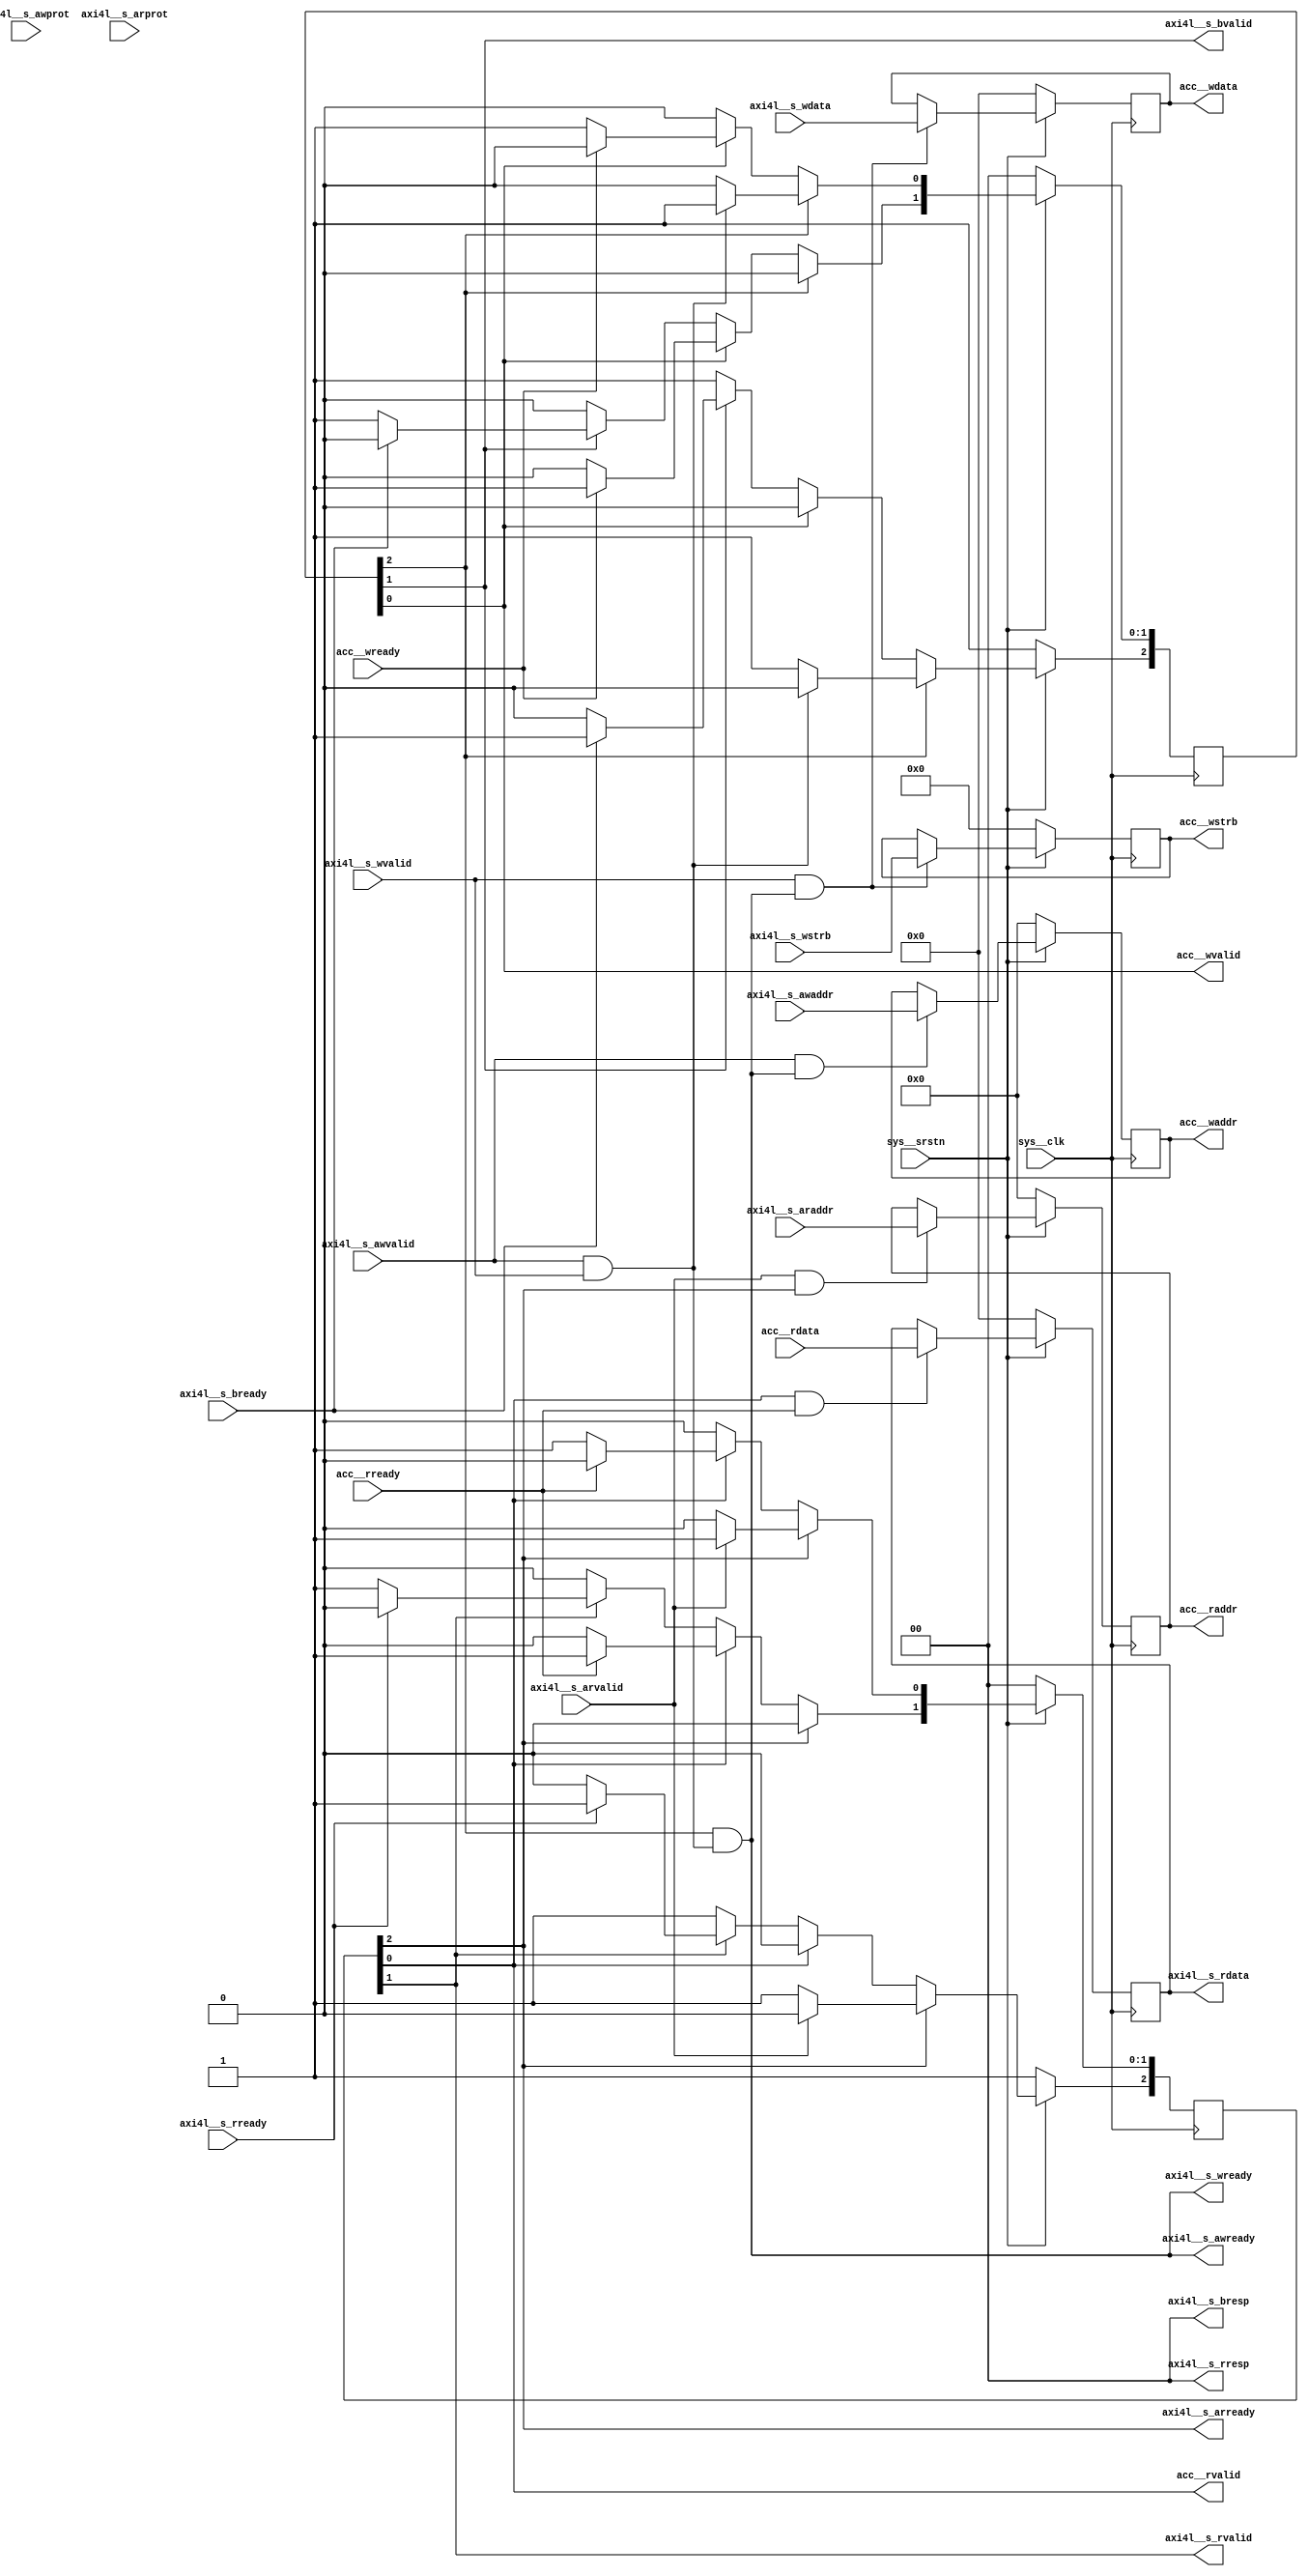
`timescale 1ns/1ps

module axi4l_sif
#
(
    parameter axi4l__addr_width   = 64    ,
    parameter axi4l__data_width   = 32
)
(
    sys__clk             ,
    sys__srstn           ,
    axi4l__s_awaddr      ,
    axi4l__s_awprot      ,
    axi4l__s_awvalid     ,
    axi4l__s_awready     ,
    axi4l__s_wdata       ,
    axi4l__s_wstrb       ,
    axi4l__s_wvalid      ,
    axi4l__s_wready      ,
    axi4l__s_bresp       ,
    axi4l__s_bvalid      ,
    axi4l__s_bready      ,
    axi4l__s_araddr      ,
    axi4l__s_arprot      ,
    axi4l__s_arvalid     ,
    axi4l__s_arready     ,
    axi4l__s_rdata       ,
    axi4l__s_rresp       ,
    axi4l__s_rvalid      ,
    axi4l__s_rready      ,
    acc__waddr           ,
    acc__wdata           ,
    acc__wstrb           ,
    acc__wvalid          ,
    acc__wready          ,
    acc__raddr           ,
    acc__rdata           ,
    acc__rvalid          ,
    acc__rready
);
    
    input                                   sys__clk            ;
    input                                   sys__srstn          ;
    
    input   [axi4l__addr_width - 1:0]       axi4l__s_awaddr     ;
    input   [2:0]                           axi4l__s_awprot     ;
    input                                   axi4l__s_awvalid    ;
    output                                  axi4l__s_awready    ;
    input   [axi4l__data_width - 1:0]       axi4l__s_wdata      ;
    input   [axi4l__data_width / 8 - 1:0]   axi4l__s_wstrb      ;
    input                                   axi4l__s_wvalid     ;
    output                                  axi4l__s_wready     ;
    output  [1:0]                           axi4l__s_bresp      ;
    output                                  axi4l__s_bvalid     ;
    input                                   axi4l__s_bready     ;

    input   [axi4l__addr_width - 1:0]       axi4l__s_araddr     ;
    input   [2:0]                           axi4l__s_arprot     ;
    input                                   axi4l__s_arvalid    ;
    output                                  axi4l__s_arready    ;
    output  [axi4l__data_width - 1:0]       axi4l__s_rdata      ;
    output  [1:0]                           axi4l__s_rresp      ;
    output                                  axi4l__s_rvalid     ;
    input                                   axi4l__s_rready     ;
    
    output  [axi4l__addr_width - 1:0]       acc__waddr          ;
    output  [axi4l__data_width - 1:0]       acc__wdata          ;
    output  [axi4l__data_width / 8 - 1:0]   acc__wstrb          ;
    output                                  acc__wvalid         ;
    input                                   acc__wready         ;
    output  [axi4l__addr_width - 1:0]       acc__raddr          ;
    input   [axi4l__data_width - 1:0]       acc__rdata          ;
    output                                  acc__rvalid         ;
    input                                   acc__rready         ;
    
    reg     [axi4l__addr_width - 1:0]       r_reged_waddr       ;
    reg     [axi4l__data_width - 1:0]       r_reged_wdata       ;
    reg     [axi4l__data_width / 8 - 1:0]   r_reged_wstrb       ;
    
    localparam state_wch_req        = 0;
    localparam state_wch_resp       = 1;
    localparam state_wch_idle       = 2;
    
    reg [state_wch_idle:0]  r_wch_cur_state     ;
    reg [state_wch_idle:0]  r_wch_next_state    ;
    
    always @ (posedge sys__clk)
        if (!sys__srstn)
        begin
            r_wch_cur_state <= 'b0;
            r_wch_cur_state[state_wch_idle] <= 1'b1;
        end
        else
            r_wch_cur_state <= r_wch_next_state;
    
    wire    w_s_wch_accept;
    assign  w_s_wch_accept = axi4l__s_awvalid && axi4l__s_wvalid;
    
    always @ (*)
    begin
        r_wch_next_state = 'b0;
        case (1'b1)
        r_wch_cur_state[state_wch_idle]:
            if (w_s_wch_accept)
                r_wch_next_state[state_wch_req] = 1'b1;
            else
                r_wch_next_state[state_wch_idle] = 1'b1;
        r_wch_cur_state[state_wch_req]:
            if (acc__wready)
                r_wch_next_state[state_wch_resp] = 1'b1;
            else
                r_wch_next_state[state_wch_req] = 1'b1;
        r_wch_cur_state[state_wch_resp]:
            if (axi4l__s_bready)
                r_wch_next_state[state_wch_idle] = 1'b1;
            else
                r_wch_next_state[state_wch_resp] = 1'b1;
        default:
            r_wch_next_state[state_wch_idle] = 1'b1;
        endcase
    end

    assign axi4l__s_awready  = (r_wch_cur_state[state_wch_idle] == 1'b1) && w_s_wch_accept;
    assign axi4l__s_wready   = (r_wch_cur_state[state_wch_idle] == 1'b1) && w_s_wch_accept;
    
    assign acc__wvalid       = (r_wch_cur_state[state_wch_req] == 1'b1);
    assign axi4l__s_bvalid   = (r_wch_cur_state[state_wch_resp] == 1'b1);
    assign axi4l__s_bresp    = 2'b00;
    
    always @ (posedge sys__clk)
        if (!sys__srstn)
            r_reged_waddr <= 'b0;
        else
            if (axi4l__s_awvalid && axi4l__s_awready)
                r_reged_waddr <= axi4l__s_awaddr;
    
    assign acc__waddr = r_reged_waddr;
    
    always @ (posedge sys__clk)
        if (!sys__srstn)
        begin
            r_reged_wdata <= 'b0;
            r_reged_wstrb <= 'b0;
        end
        else
            if (axi4l__s_wvalid && axi4l__s_wready)
            begin
                r_reged_wdata <= axi4l__s_wdata;
                r_reged_wstrb <= axi4l__s_wstrb;
            end

    assign acc__wdata = r_reged_wdata;
    assign acc__wstrb = r_reged_wstrb;
    
    reg     [axi4l__addr_width - 1:0]        r_reged_raddr       ;
    reg     [axi4l__data_width - 1:0]        r_reged_rdata       ;
    
    localparam state_rch_req        = 0;
    localparam state_rch_resp       = 1;
    localparam state_rch_idle       = 2;
    
    reg [state_rch_idle:0]  r_rch_cur_state     ;
    reg [state_rch_idle:0]  r_rch_next_state    ;
    
    always @ (posedge sys__clk)
        if (!sys__srstn)
        begin
            r_rch_cur_state <= 'b0;
            r_rch_cur_state[state_rch_idle] <= 1'b1;
        end
        else
            r_rch_cur_state <= r_rch_next_state;
    
    always @ (*)
    begin
        r_rch_next_state = 'b0;
        case (1'b1)
        r_rch_cur_state[state_rch_idle]:
            if (axi4l__s_arvalid)
                r_rch_next_state[state_rch_req] = 1'b1;
            else
                r_rch_next_state[state_rch_idle] = 1'b1;
        r_rch_cur_state[state_rch_req]:
            if (acc__rready)
                r_rch_next_state[state_rch_resp] = 1'b1;
            else
                r_rch_next_state[state_rch_req] = 1'b1;
        r_rch_cur_state[state_rch_resp]:
            if (axi4l__s_rready)
                r_rch_next_state[state_rch_idle] = 1'b1;
            else
                r_rch_next_state[state_rch_resp] = 1'b1;
        default:
            r_rch_next_state[state_rch_idle] = 1'b1;
        endcase
    end

    assign axi4l__s_arready  = (r_rch_cur_state[state_rch_idle] == 1'b1);
    assign acc__rvalid       = (r_rch_cur_state[state_rch_req] == 1'b1);
    
    assign axi4l__s_rvalid   = (r_rch_cur_state[state_rch_resp] == 1'b1);
    assign axi4l__s_rresp    = 2'b00;
    
    always @ (posedge sys__clk)
        if (!sys__srstn)
            r_reged_raddr <= 'b0;
        else
            if (axi4l__s_arvalid && axi4l__s_arready)
                r_reged_raddr <= axi4l__s_araddr;
    
    assign acc__raddr = r_reged_raddr;
    
    always @ (posedge sys__clk)
        if (!sys__srstn)
            r_reged_rdata <= 'b0;
        else
            if (acc__rvalid && acc__rready)
                r_reged_rdata <= acc__rdata;

    assign axi4l__s_rdata = r_reged_rdata;
    
endmodule